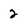
Character: 2